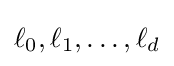
\ell _{0},\ell _{1},\ldots ,\ell _{d}